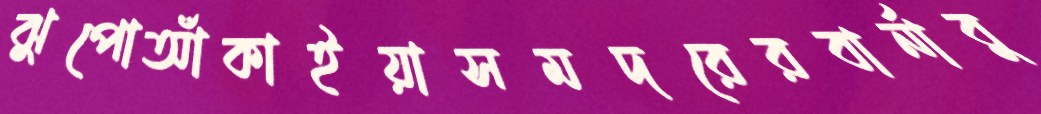
ঝুপোআঁকাইয়াসমদরেরবার্নাবু